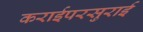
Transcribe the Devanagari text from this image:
कराईपरसुराई